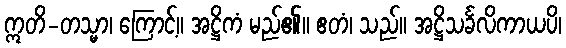
ဣတိ-တသ္မာ၊ ကြောင့်။ အဋ္ဌိကံ မည်၏။ ဧတံ၊ သည်။ အဋ္ဌိသင်္ခလိကာယပိ၊